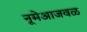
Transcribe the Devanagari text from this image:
नूमेआजवळ